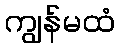
ကျွန်မထံ